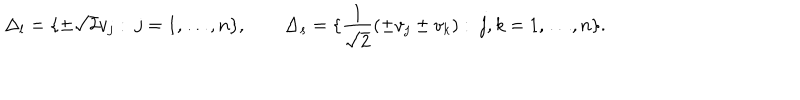
\Delta _ { l } = \{ \pm \sqrt 2 v _ { j } : \ j = 1 , \ldots , n \} , \qquad \Delta _ { s } = \{ { \frac { 1 } { \sqrt 2 } } ( \pm v _ { j } \pm v _ { k } ) : \ j , k = 1 , \ldots , n \} .